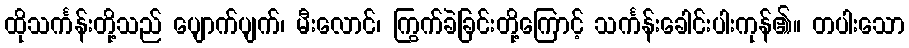
ထိုသင်္ကန်းတို့သည် ပျောက်ပျက်၊ မီးလောင်၊ ကြွက်ခဲခြင်းတို့ကြောင့် သင်္ကန်းခေါင်းပါးကုန်၏။ တပါးသော